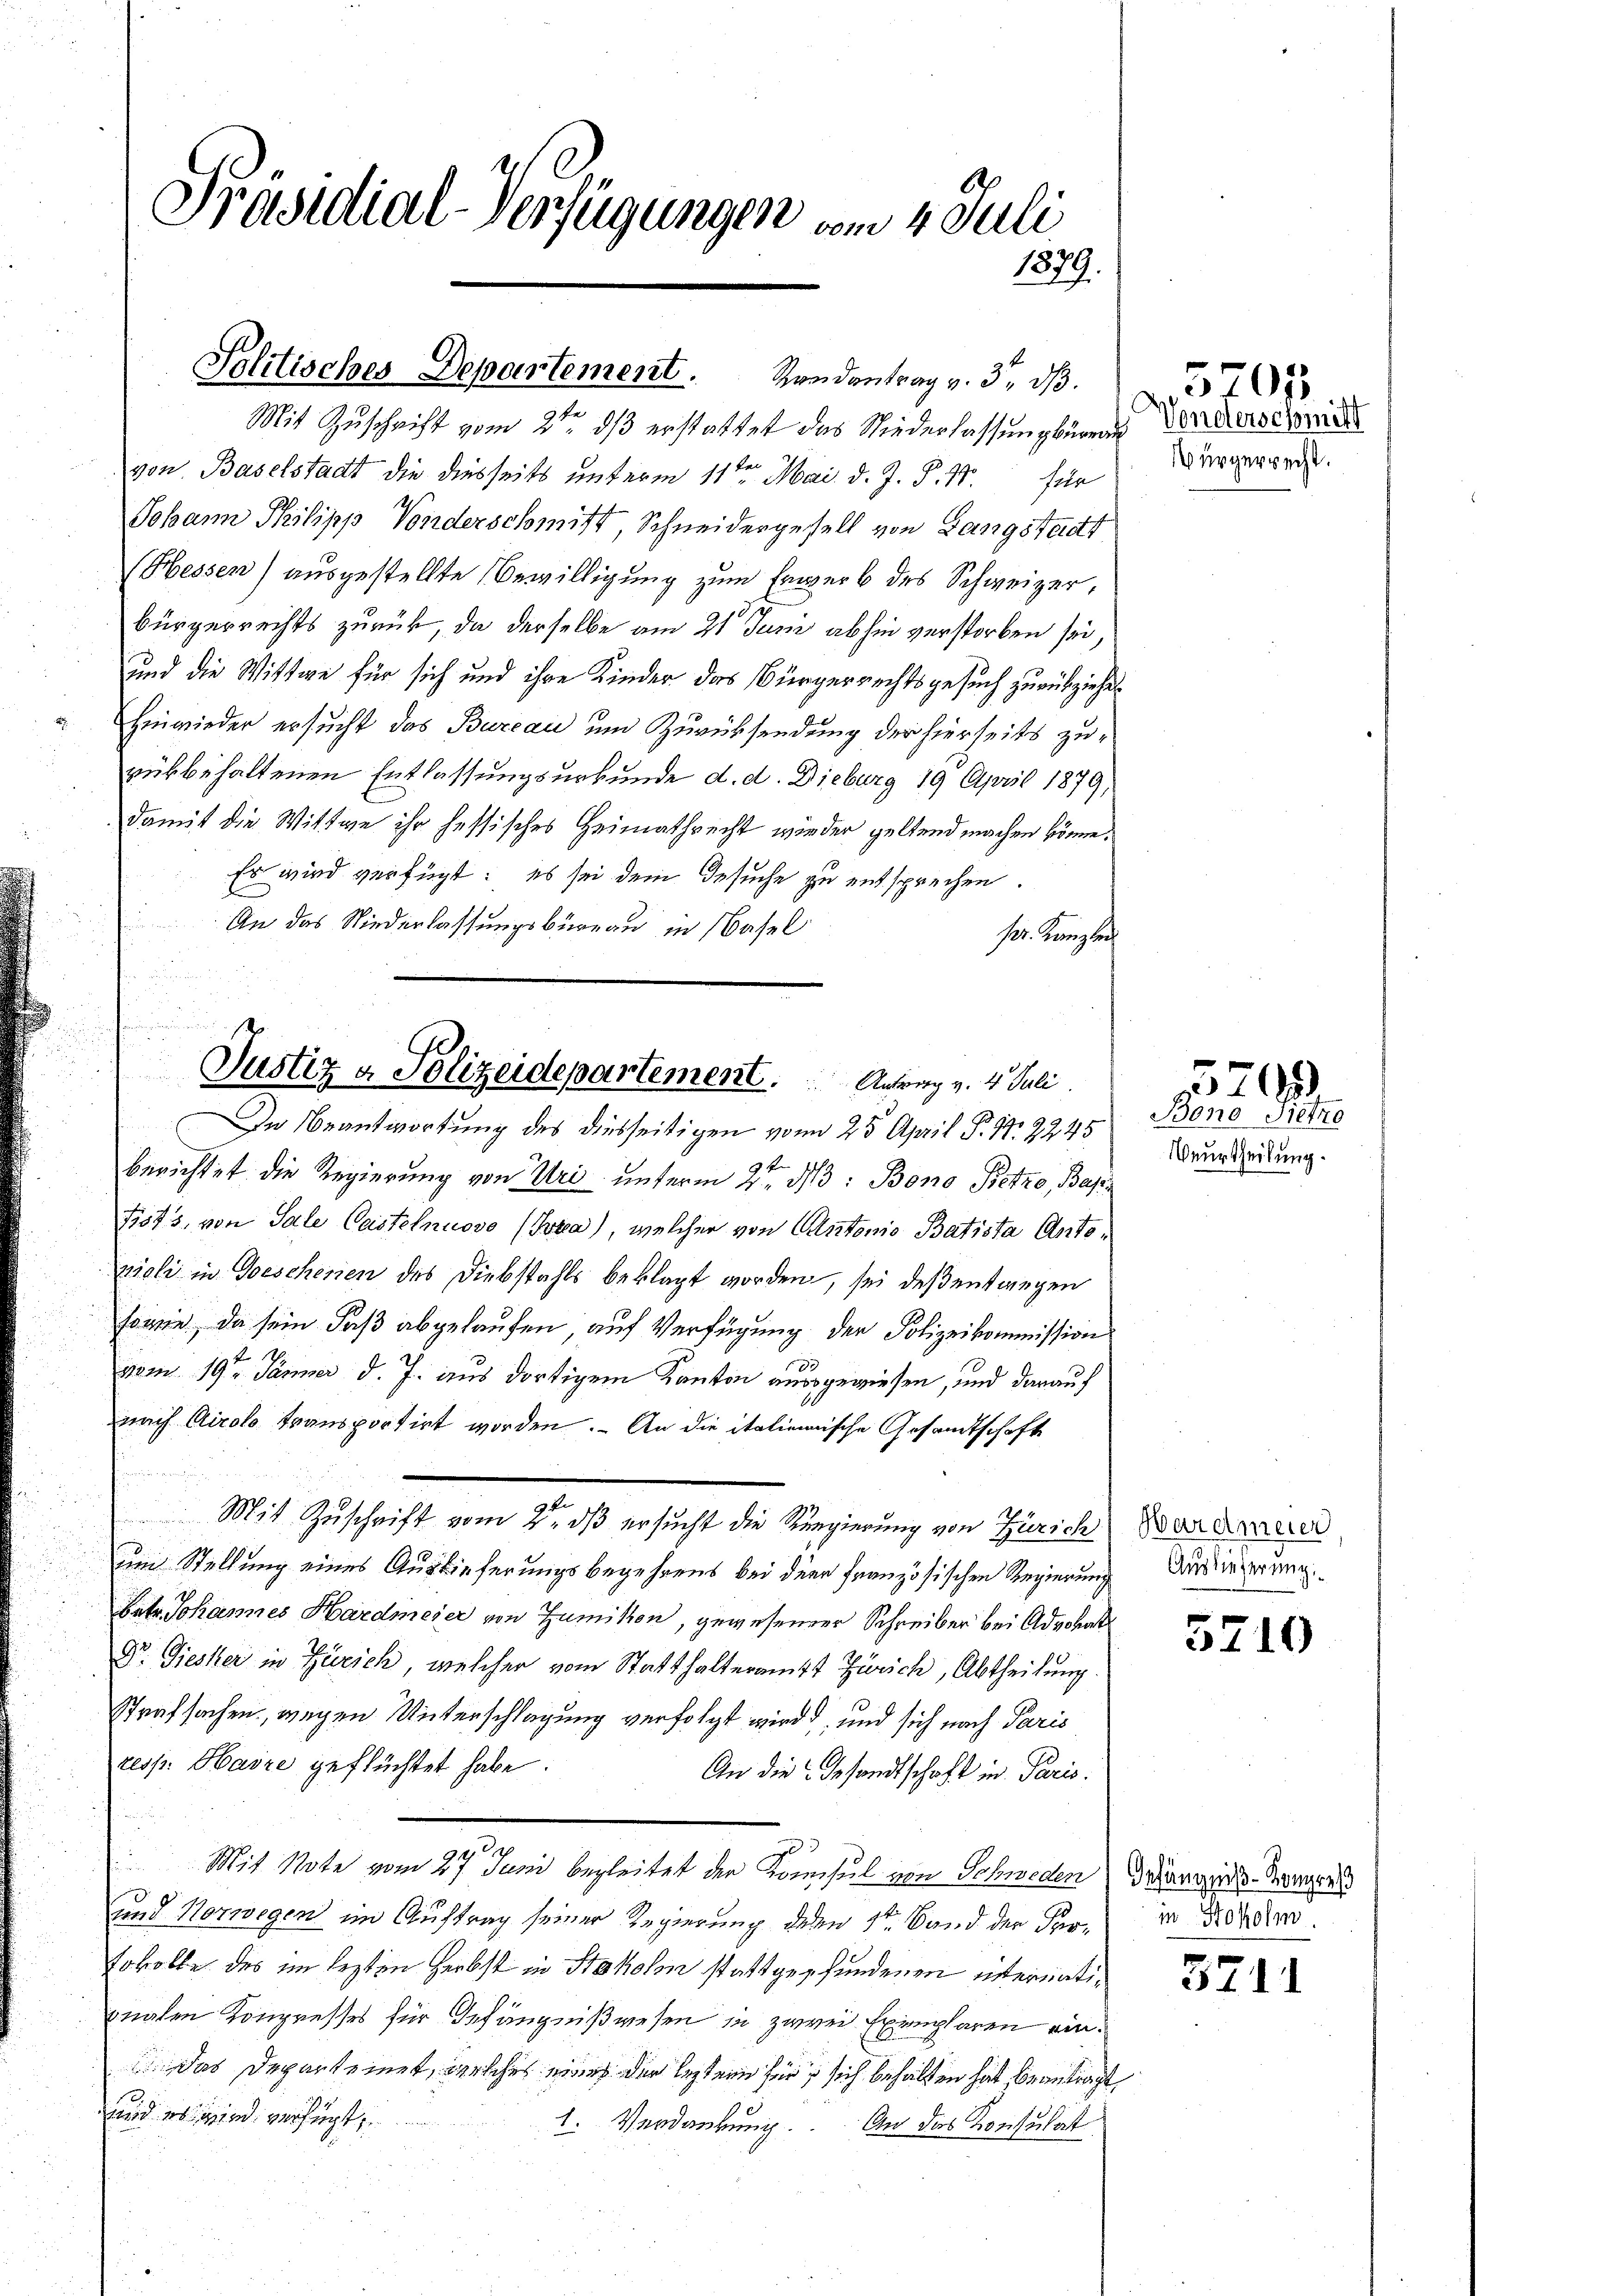
Präsidial-Verfügungen vom 4. Juli
1879.

Politisches Departement. Rondantrag v. 3. dβ.

Mit Zuschrift vom 2ten ds erstattet das Niederlassung beren Vorderschied
e
von Baselstadt die diesseits unterm 11ten Mai d. J. P. 17. für
Johann Philipp Vonderschmitt, Schneidergesell von Gangstadt
(Hessen) ausgestellte Bewilligung zum Erwerb des Schweizer,
bürgerrechts zurück, da derselbe am 21 Juni abhin verstorben sei
und die Wittwe für sich und ihre Kinder das Bürgerrechtsgesuch zurückziehen
Einwieder ersucht das Bureau um Zurücksendung der hierseits zurükbehaltenen Entlassungsurkunde d. d. Dieburg 19 April 1879,
damit die Wittwe ihr hessisches Heimathrecht wieder geltend machen könne.
Es wird verfügt: es sei dem Gesuche zu entsprechen.
An das Niederlassungsbureau in Basel
se. Kanzle
u

berichtet die Regierung von Uri unterm 2ten d: Bono Petzo, Bap
Fi845, von Sale Casselnuovo (Joxa), welcher von Cantonio Batista Antopieli in Geschenen des Diebstahls beklagt worden, sei deßentwegen
sowie, da sein daß abgelaufen auf Verfügung der Polizeikommission
vom 19ten Jänner d. J. aus dortigem Kanton ausgewiesen, und darauf
nach Airolo transportirt worden. - An die italienische Gesandtschaft
um Stellung eines Auslieferungsbegehrens bei der französischen Regierung Auslieferung
Batr. Johannes Hardmeier von Zumikon, gewesener Schreiber bei Advokat
Dr. Giesker in Zürich, welcher vom Statthalteramt Zürich, Abtheilung.
Strafsachen, wegen Unterschlagung verfolgt wird, und sich nach Paris
resp. Haire geflüchtet habe.
An die Gesandtschaft in Paris.

e
Mit Note vom 27 Juni begleitet der Konsul von Schweden Wärmer-Meierl
g
und Norwegen im Auftrag seiner Regierung deren 1ten Band der Pertokolle des im lezten Herbst in Stohol stattgefundenen Weimatignalen Kongresses für Gefängnißwesen in zwei Exemplaren ein.
Das Departemet, welches eines der leztern sie, sich behalten hat beantragt,
und es sind verfügt,
1. Verdankung. An das Konsulat

n
e
Justiz & Polizeidepartement.           Antrag v. 4. Juli.
In Beantwortung des diesseitigen von 25 April P. Nr. 2245

Mit Zuschrift vom 2. dß ersucht die Regierung von Zürich) Wardauer

Würgerrecht.

Bono, Sietro
Beurtheilung.

3701

3203

5710

in Hoholm.

3711